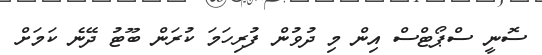
ސޮނީ ސްޕޯޓްސް އިން މި ދުވުން ފުރިހަމަ ކުރަން ބޫޓު ދޭނެ ކަމަށް